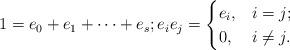
LaTeX: \begin{align*}\textstyle 1=e_0+e_1+\cdots+e_s; e_ie_j=\begin{cases} e_i, &i=j;\\ 0, & i\ne j. \end{cases}\end{align*}